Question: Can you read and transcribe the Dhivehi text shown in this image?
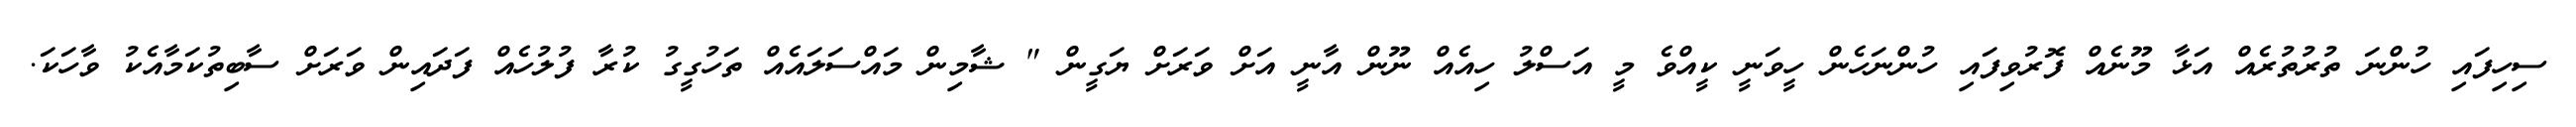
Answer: ސިހިފައި ހުންނަ ތުރުތުރެއް އަޅާ މޫނެއް ފޮރުވިފައި ހުންނަހެން ހީވަނީ ކީއްވެ މީ އަސްލު ހިއެއް ނޫން އާނީ އަށް ވަރަށް ޔަގީން " ޝާމިން މައްސަލައެއް ތަހުގީގު ކުރާ ފުލުހެއް ފަދައިން ވަރަށް ސާބިތުކަމާއެކު ވާހަކަ.